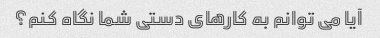
آیا می توانم به کارهای دستی شما نگاه کنم؟